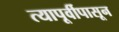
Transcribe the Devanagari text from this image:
त्यापूर्वीपासून